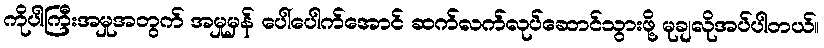
ကိုပါကြီးအမှုအတွက် အမှုမှန် ပေါ်ပေါက်အောင် ဆက်လက်လုပ်ဆောင်သွားဖို့ မုချလိုအပ်ပါတယ်။